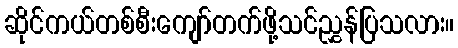
ဆိုင်ကယ်တစ်စီးကျော်တက်ဖို့သင်ညွှန်ပြသလား။